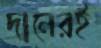
দানেরই